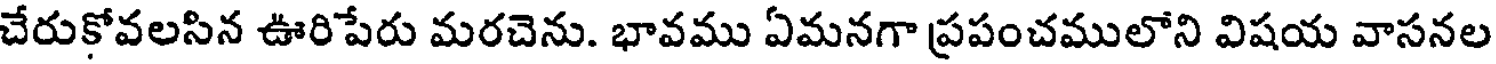
చేరుకోవలసిన ఊరిపేరు మరచెను. భావము ఏమనగా ప్రపంచములోని విషయ వాసనల